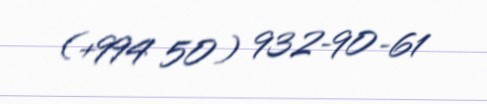
(+994 50) 932-90-61